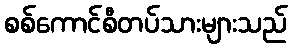
စစ်ကောင်စီတပ်သားများသည်